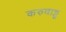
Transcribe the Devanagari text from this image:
करुवाट्टू